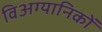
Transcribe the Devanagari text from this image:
विअग्यानिकों